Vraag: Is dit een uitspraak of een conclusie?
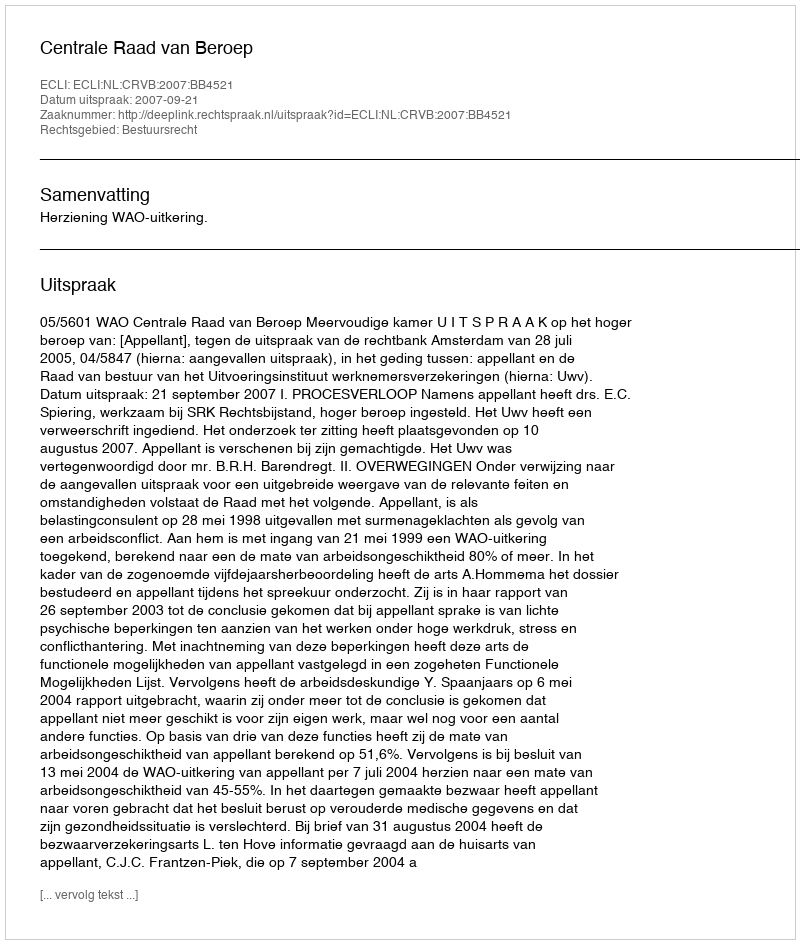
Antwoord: Uitspraak